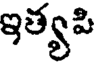
ఇత్యపి